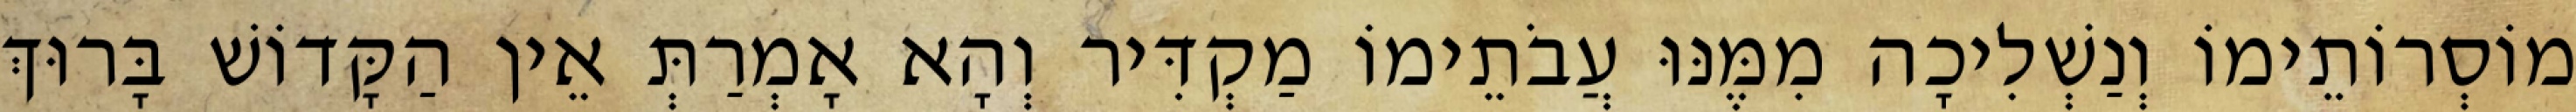
מוֹסְרוֹתֵימוֹ וְנַשְׁלִיכָה מִמֶּנּוּ עֲבֹתֵימוֹ מַקְדִּיר וְהָא אָמְרַתְּ אֵין הַקָּדוֹשׁ בָּרוּךְ